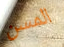
المسن